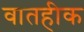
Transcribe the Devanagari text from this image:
वातहीक